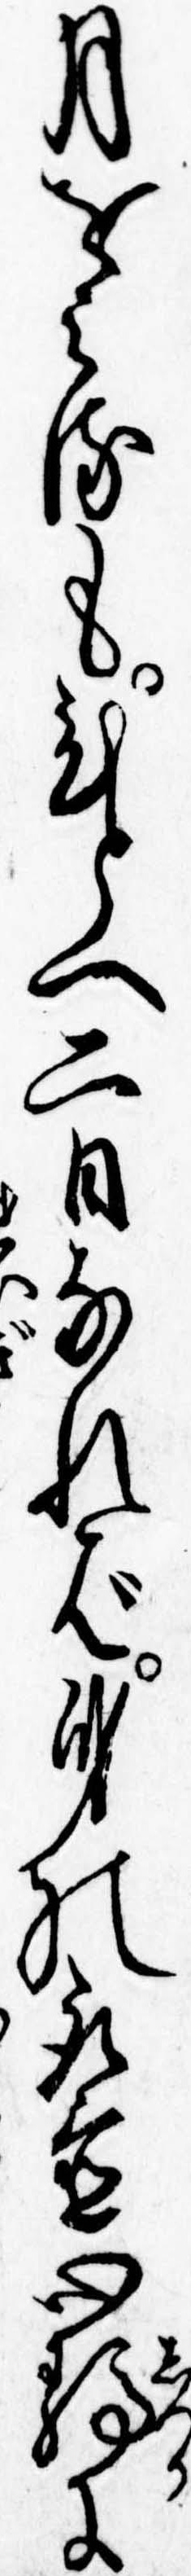
月をみるもひとへ二日なれば身の取置心静に